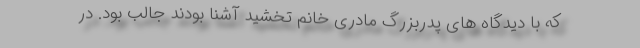
که با دیدگاه های پدربزرگ مادریِ خانم تخشید آشنا بودند جالب بود. در